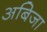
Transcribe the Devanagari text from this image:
अबिजा